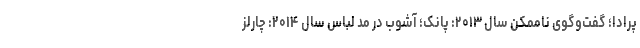
پرادا؛ گفت‌وگوی ناممکن سال ۲۰۱۳: پانک؛ آشوب در مد لباس سال ۲۰۱۴: چارلز